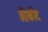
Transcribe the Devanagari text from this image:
ऑर्काट